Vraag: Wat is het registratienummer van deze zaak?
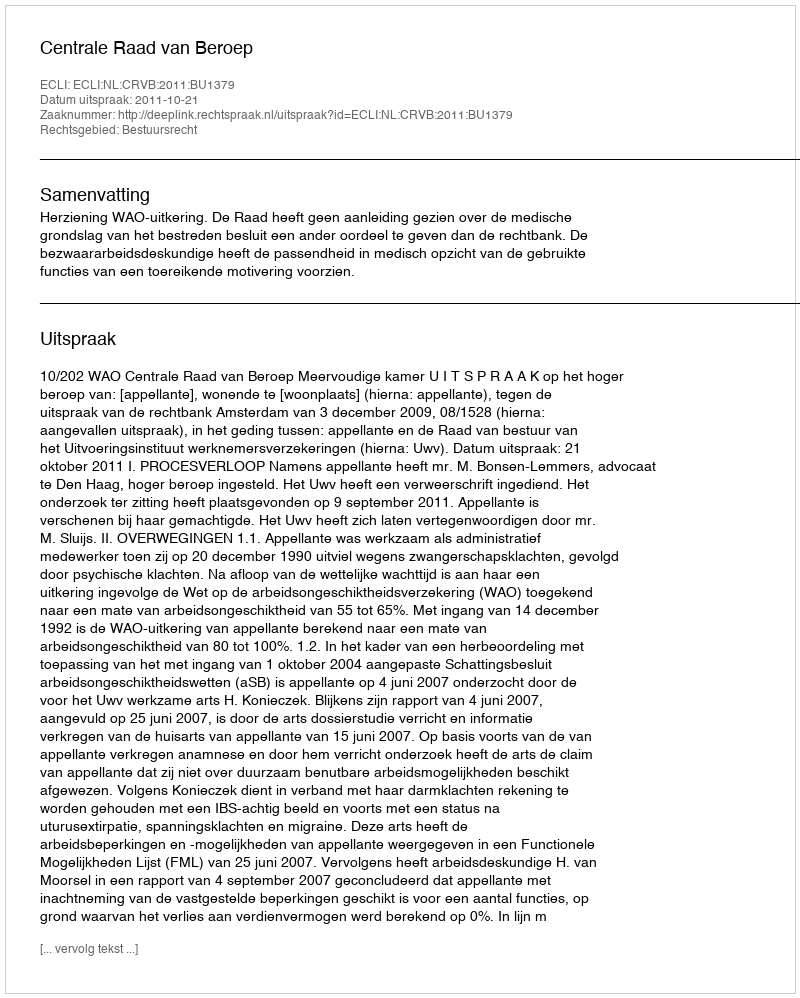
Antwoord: http://deeplink.rechtspraak.nl/uitspraak?id=ECLI:NL:CRVB:2011:BU1379